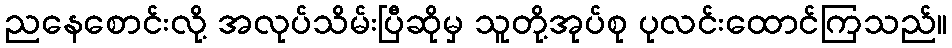
ညနေစောင်းလို့ အလုပ်သိမ်းပြီဆိုမှ သူတို့အုပ်စု ပုလင်းထောင်ကြသည်။